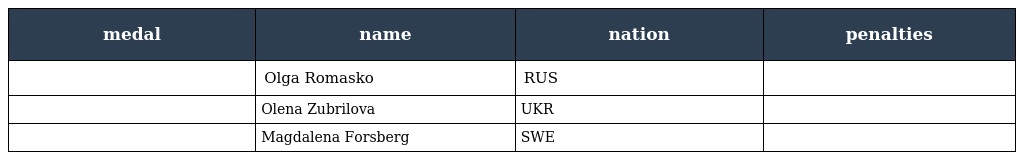
| medal | name | nation | penalties |
 | --- | --- | --- | --- |
 |  | Olga Romasko | RUS |  |
 |  | Olena Zubrilova | UKR |  |
 |  | Magdalena Forsberg | SWE |  |